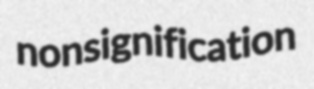
nonsignification